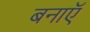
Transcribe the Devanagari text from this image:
बनाऍ